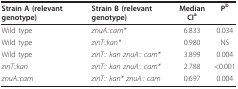
<table><thead><tr><td><b>Strain A (relevant genotype)</b></td><td><b>Strain B (relevant genotype)</b></td><td><b>Median CI<sup>a</sup></b></td><td><b>P<sup>b</sup></b></td></tr></thead><tbody><tr><td>Wild type</td><td><i>znuA::cam*</i></td><td>6.833</td><td>0.034</td></tr><tr><td>Wild type</td><td><i>zinT::kan*</i></td><td>0.980</td><td>NS</td></tr><tr><td>Wild type</td><td><i>zinT:: kan znuA:: cam*</i></td><td>3.899</td><td>0.004</td></tr><tr><td><i>zinT::kan</i></td><td><i>zinT:: kan znuA:: cam*</i></td><td>2.788</td><td>&lt; 0.001</td></tr><tr><td><i>znuA::cam</i></td><td><i>zinT:: kan* znuA:: cam</i></td><td>0.697</td><td>0.004</td></tr></tbody></table>